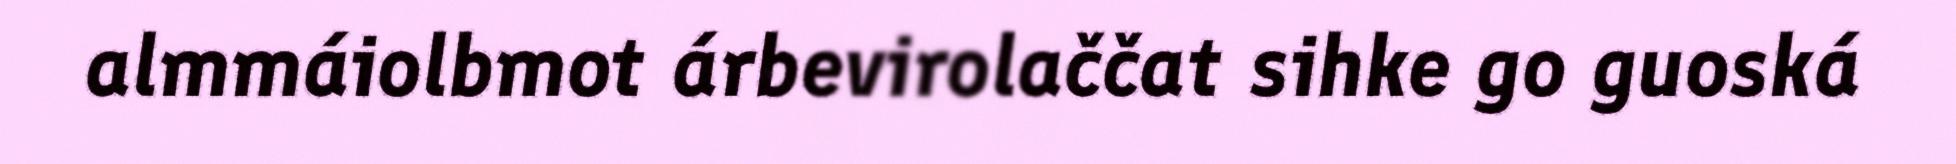
almmáiolbmot árbevirolaččat sihke go guoská